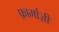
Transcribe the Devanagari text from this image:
फ़ार्माज़ी